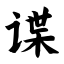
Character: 谍